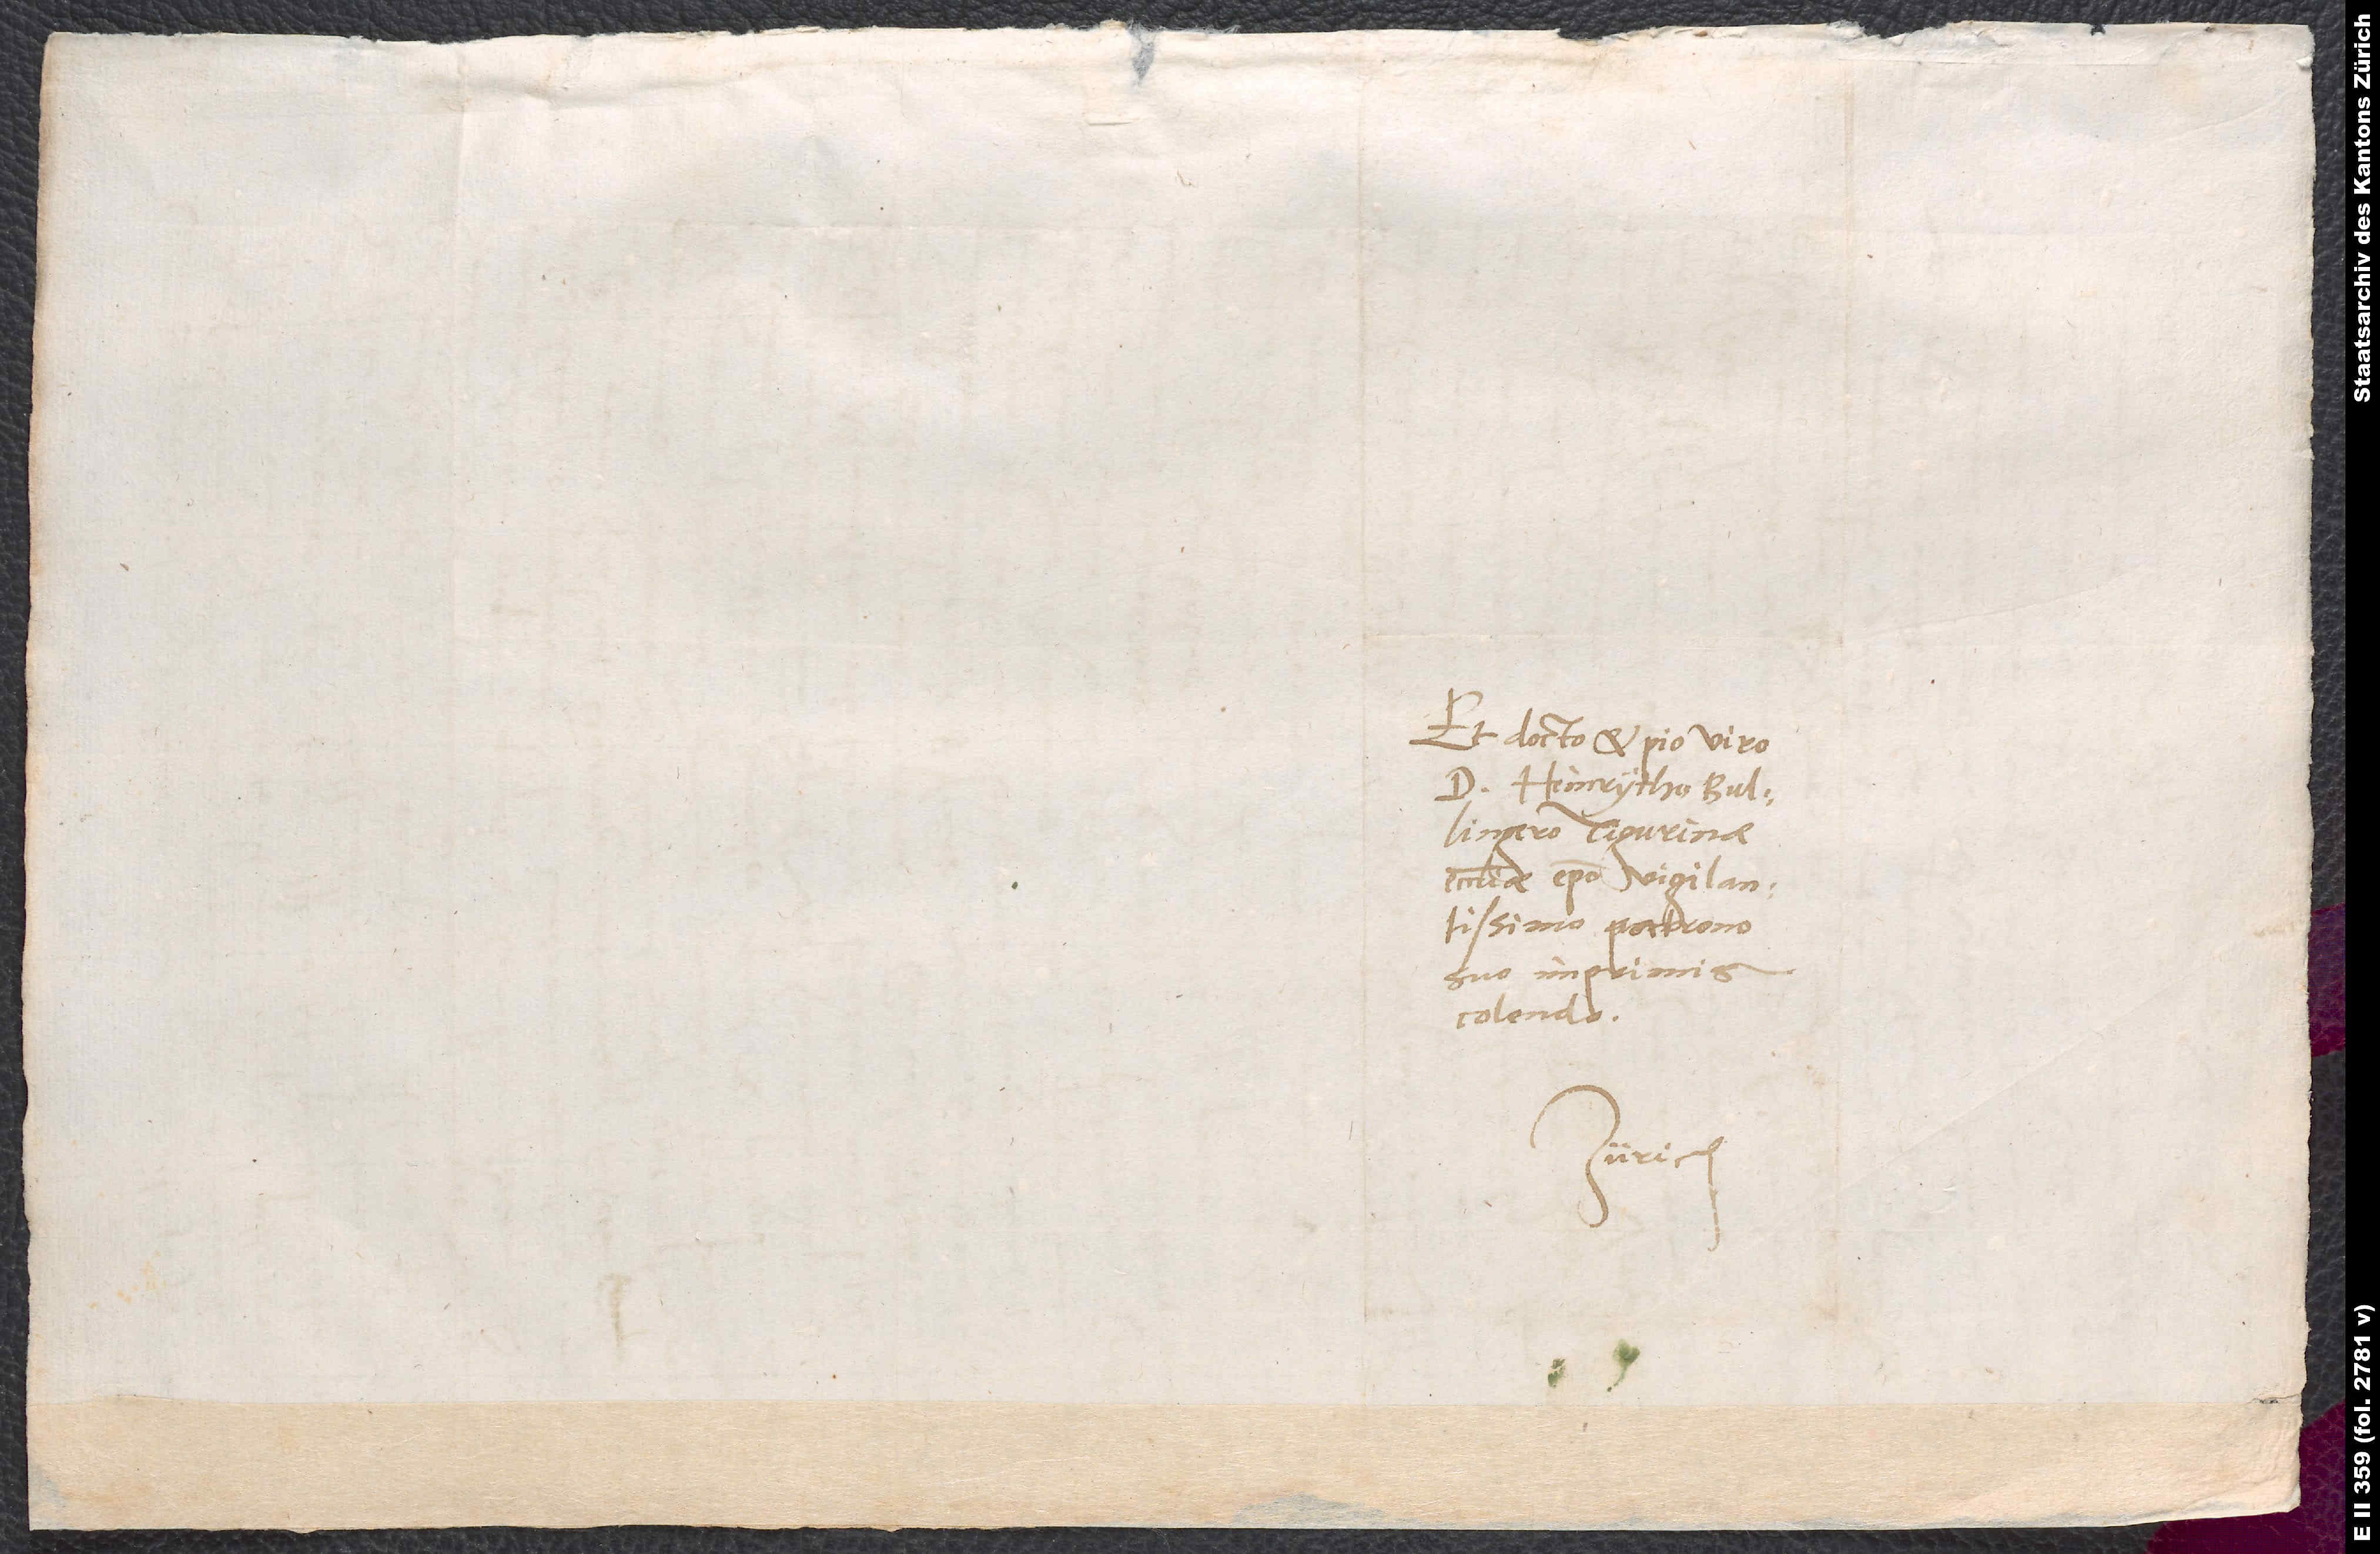
Et docto et pio viro
d. Heinrycho Bullingero,
ecclesiae episcopo vigilantissimo,
patrono
suo imprimis
colendo.
Zürich.